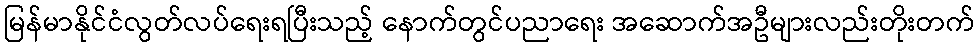
မြန်မာနိုင်ငံလွတ်လပ်ရေးရပြီးသည့် နောက်တွင်ပညာရေး အဆောက်အဦများလည်းတိုးတက်